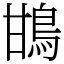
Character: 䲺